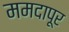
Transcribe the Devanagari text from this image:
ममदापूर